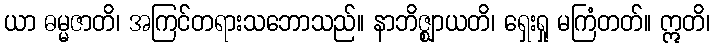
ယာ ဓမ္မဇာတိ၊ အကြင်တရားသဘောသည်။ နာဘိဇ္ဈာယတိ၊ ရှေးရှု မကြံတတ်။ ဣတိ၊